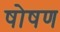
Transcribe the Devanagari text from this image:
षोषण